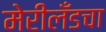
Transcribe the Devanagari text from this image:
मेरीलँडचा